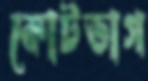
কোটভাগ